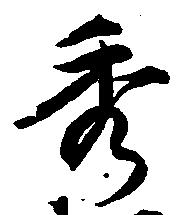
秀